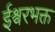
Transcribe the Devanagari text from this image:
ईश्र्वरभक्त